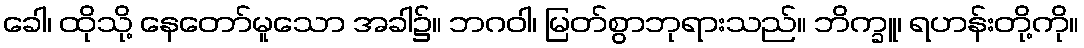
ခေါ၊ ထိုသို့ နေတော်မူသော အခါ၌။ ဘဂဝါ၊ မြတ်စွာဘုရားသည်။ ဘိက္ခူ၊ ရဟန်းတို့ကို။